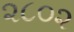
૨૮૦૨